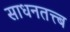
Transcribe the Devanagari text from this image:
साधनतत्त्ब